Indian Medical Review
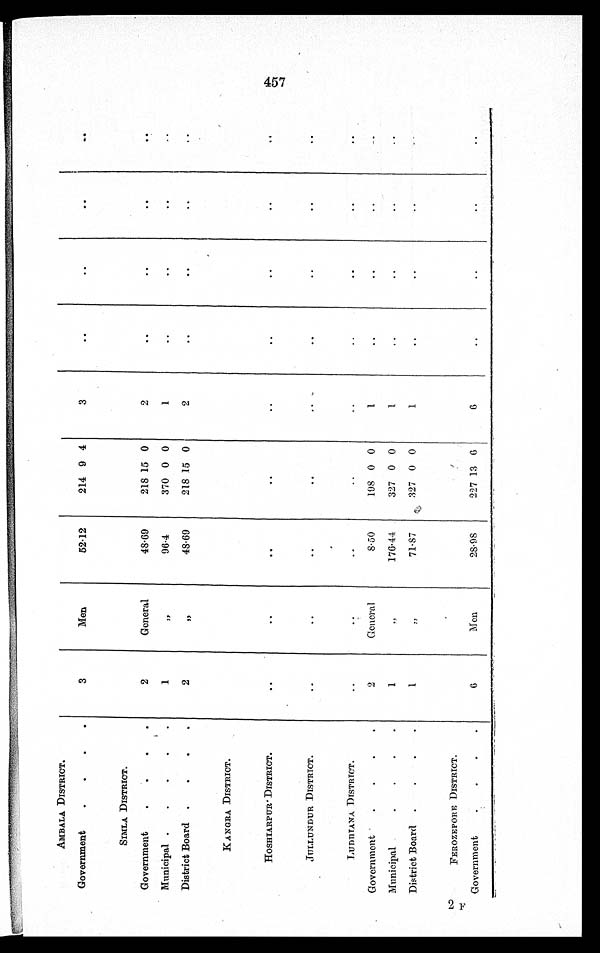
AMBALA DISTRICT.
Government
.
. . .
3
Men
52.12
214 9 4
3
..
..
..
..
SIMLA DISTRICT.
Government
.
. . .
2
General
48.69
218 15 0
2
..
. .
..
. .
Municipal .
•
•
.. .
1
,,
96.4
370 0 0
1
..
..
..
..
District Board
.
.
•
.
2
, ,
48.69
218 15 0
2
..
. .
..
..
K ANORA DISTRICT.
HOSHIARPUR DISTRICT.
..
. .
. .
..
..
..
. .
. .
..
JULLUNDUR DISTRICT.
..
..
..
..
..
..
..
..
. .
LUDUIANA DISTRICT.
..
..
..
..
..
..
..
..
..
Government . . . .
2
General
8.50
198 0 0
1
..
..
..
..
Municipal . . . .
1
, ,
176.44
327 0 0
1
..
..
..
..
District Board
.
.
.
.
1
, ,
71.87
327 0 0
1
..
..
..
..
FEROZEPORE DISTRICT.
t
Government .
.
. .
6
Men
28.98
227 13 6
6
..
..
..
..
457